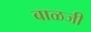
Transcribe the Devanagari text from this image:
बाळजी